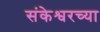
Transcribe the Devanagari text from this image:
संकेश्वरच्या